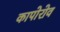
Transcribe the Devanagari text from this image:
कापोरोव